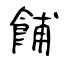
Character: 餔